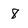
Character: 8